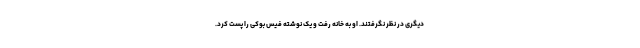
دیگری در نظر نگرفتند. او به خانه رفت و یک نوشته فیس بوکی را پست کرد.